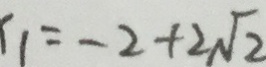
1 1 = - 2 + 2 \sqrt { 2 }